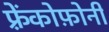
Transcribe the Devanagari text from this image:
फ़्रेंकोफ़ोनी